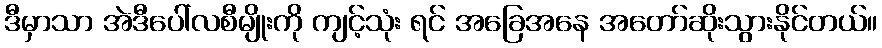
ဒီမှာသာ အဲဒီပေါ်လစီမျိုးကို ကျင့်သုံး ရင် အခြေအနေ အတော်ဆိုးသွားနိုင်တယ်။